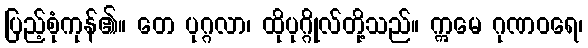
ပြည့်စုံကုန်၏။ တေ ပုဂ္ဂလာ၊ ထိုပုဂ္ဂိုလ်တို့သည်။ ဣမေ ဂုဏဝရေ၊